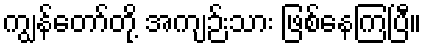
ကျွန်တော်တို့ အကျဉ်းသား ဖြစ်နေကြပြီ။